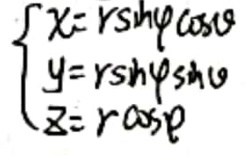
\[
\begin{cases}
x = r\sin\varphi\cos\theta \\
y = r\sin\varphi\sin\theta \\
z = r\cos\varphi
\end{cases}
\]